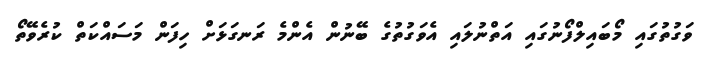
ވަގުތުގައި މޯބައިލްފޯނުގައި އަތްނުލައި އެވަގުތުގެ ބޭނުން އެންމެ ރަނގަޅަށް ހިފަން މަސައްކަތް ކުރެވޭތޯ